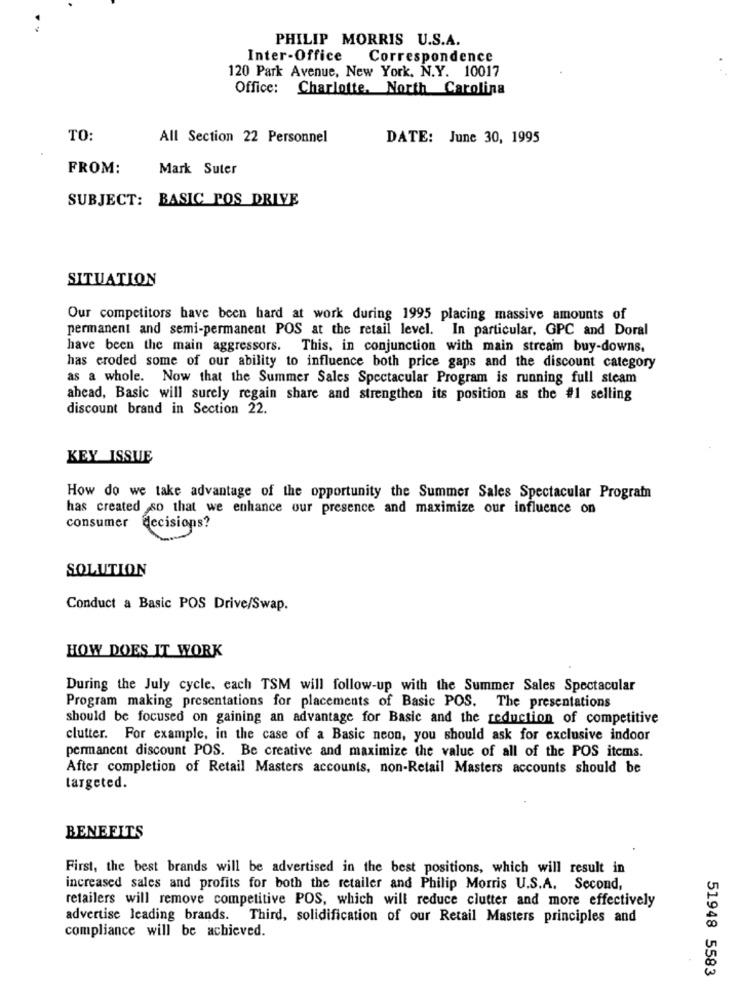
PHILIP MORRIS U.S.A.
Inter-Office
Correspondence
120 Park Avenue, New York, N.Y. 10017
Office: Charlotte, North Carolina
TO:
All Section 22 Personnel
DATE: June 30, 1995
FROM:
Mark Suter
SUBJECT: BASIC POS DRIVE
SITUATION
Our competitors have been hard at work during 1995 placing massive amounts of
permanent and semi-permanent POS at the retail level. In particular, GPC and Doral
have been the main aggressors. This, in conjunction with main stream buy-downs.
has eroded some of our ability to influence both price gaps and the discount category
as a whole. Now that the Summer Sales Spectacular Program is running full steam
ahead, Basic will surely regain share and strengthen its position as the #1 selling
discount brand in Section 22.
KEY ISSUE
How do we take advantage of the opportunity the Summer Sales Spectacular Programn
has created so that we enhance our presence and maximize our influence on
consumer
decisions?
SOLUTION
Conduct a Basic POS Drive/Swap.
HOW DOES IT WORK
During the July cycle. each TSM will follow-up with the Summer Sales Spectacular
Program making presentations for placements of Basic POS. The presentations
should be focused on gaining an advantage for Basic and the reduction of competitive
clutter. For example, in the case of a Basic neon, you should ask for exclusive indoor
permanent discount POS. Be creative and maximize the value of all of the POS items.
After completion of Retail Masters accounts, non-Retail Masters accounts should be
targeted.
BENEFITS
First, the best brands will be advertised in the best positions, which will result in
increased sales and profits for both the retailer and Philip Morris U.S.A. Second,
retailers will remove competitive POS, which will reduce clutter and more effectively
advertise leading brands. Third, solidification of our Retail Masters principles and
compliance will be achieved.
51948 5583